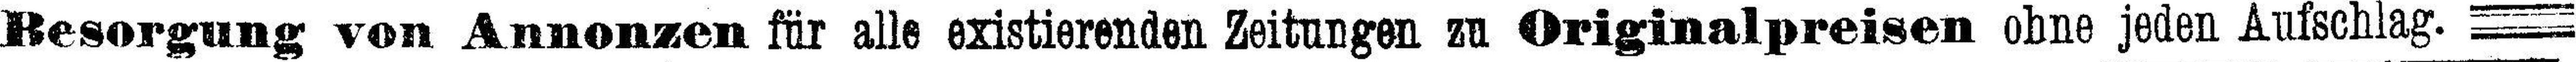
Besorgung von Annonzen für alle existierenden Zeitungen zu Originalpreisen ohne jeden Aufschlag.